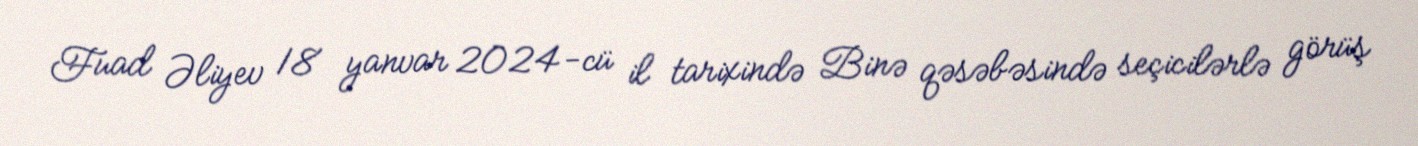
Fuad Əliyev 18 yanvar 2024-cü il tarixində Binə qəsəbəsində seçicilərlə görüş